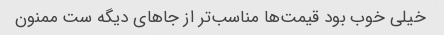
خیلی خوب بود قیمت‌ها مناسب‌تر از جاهای دیگه ست ممنون